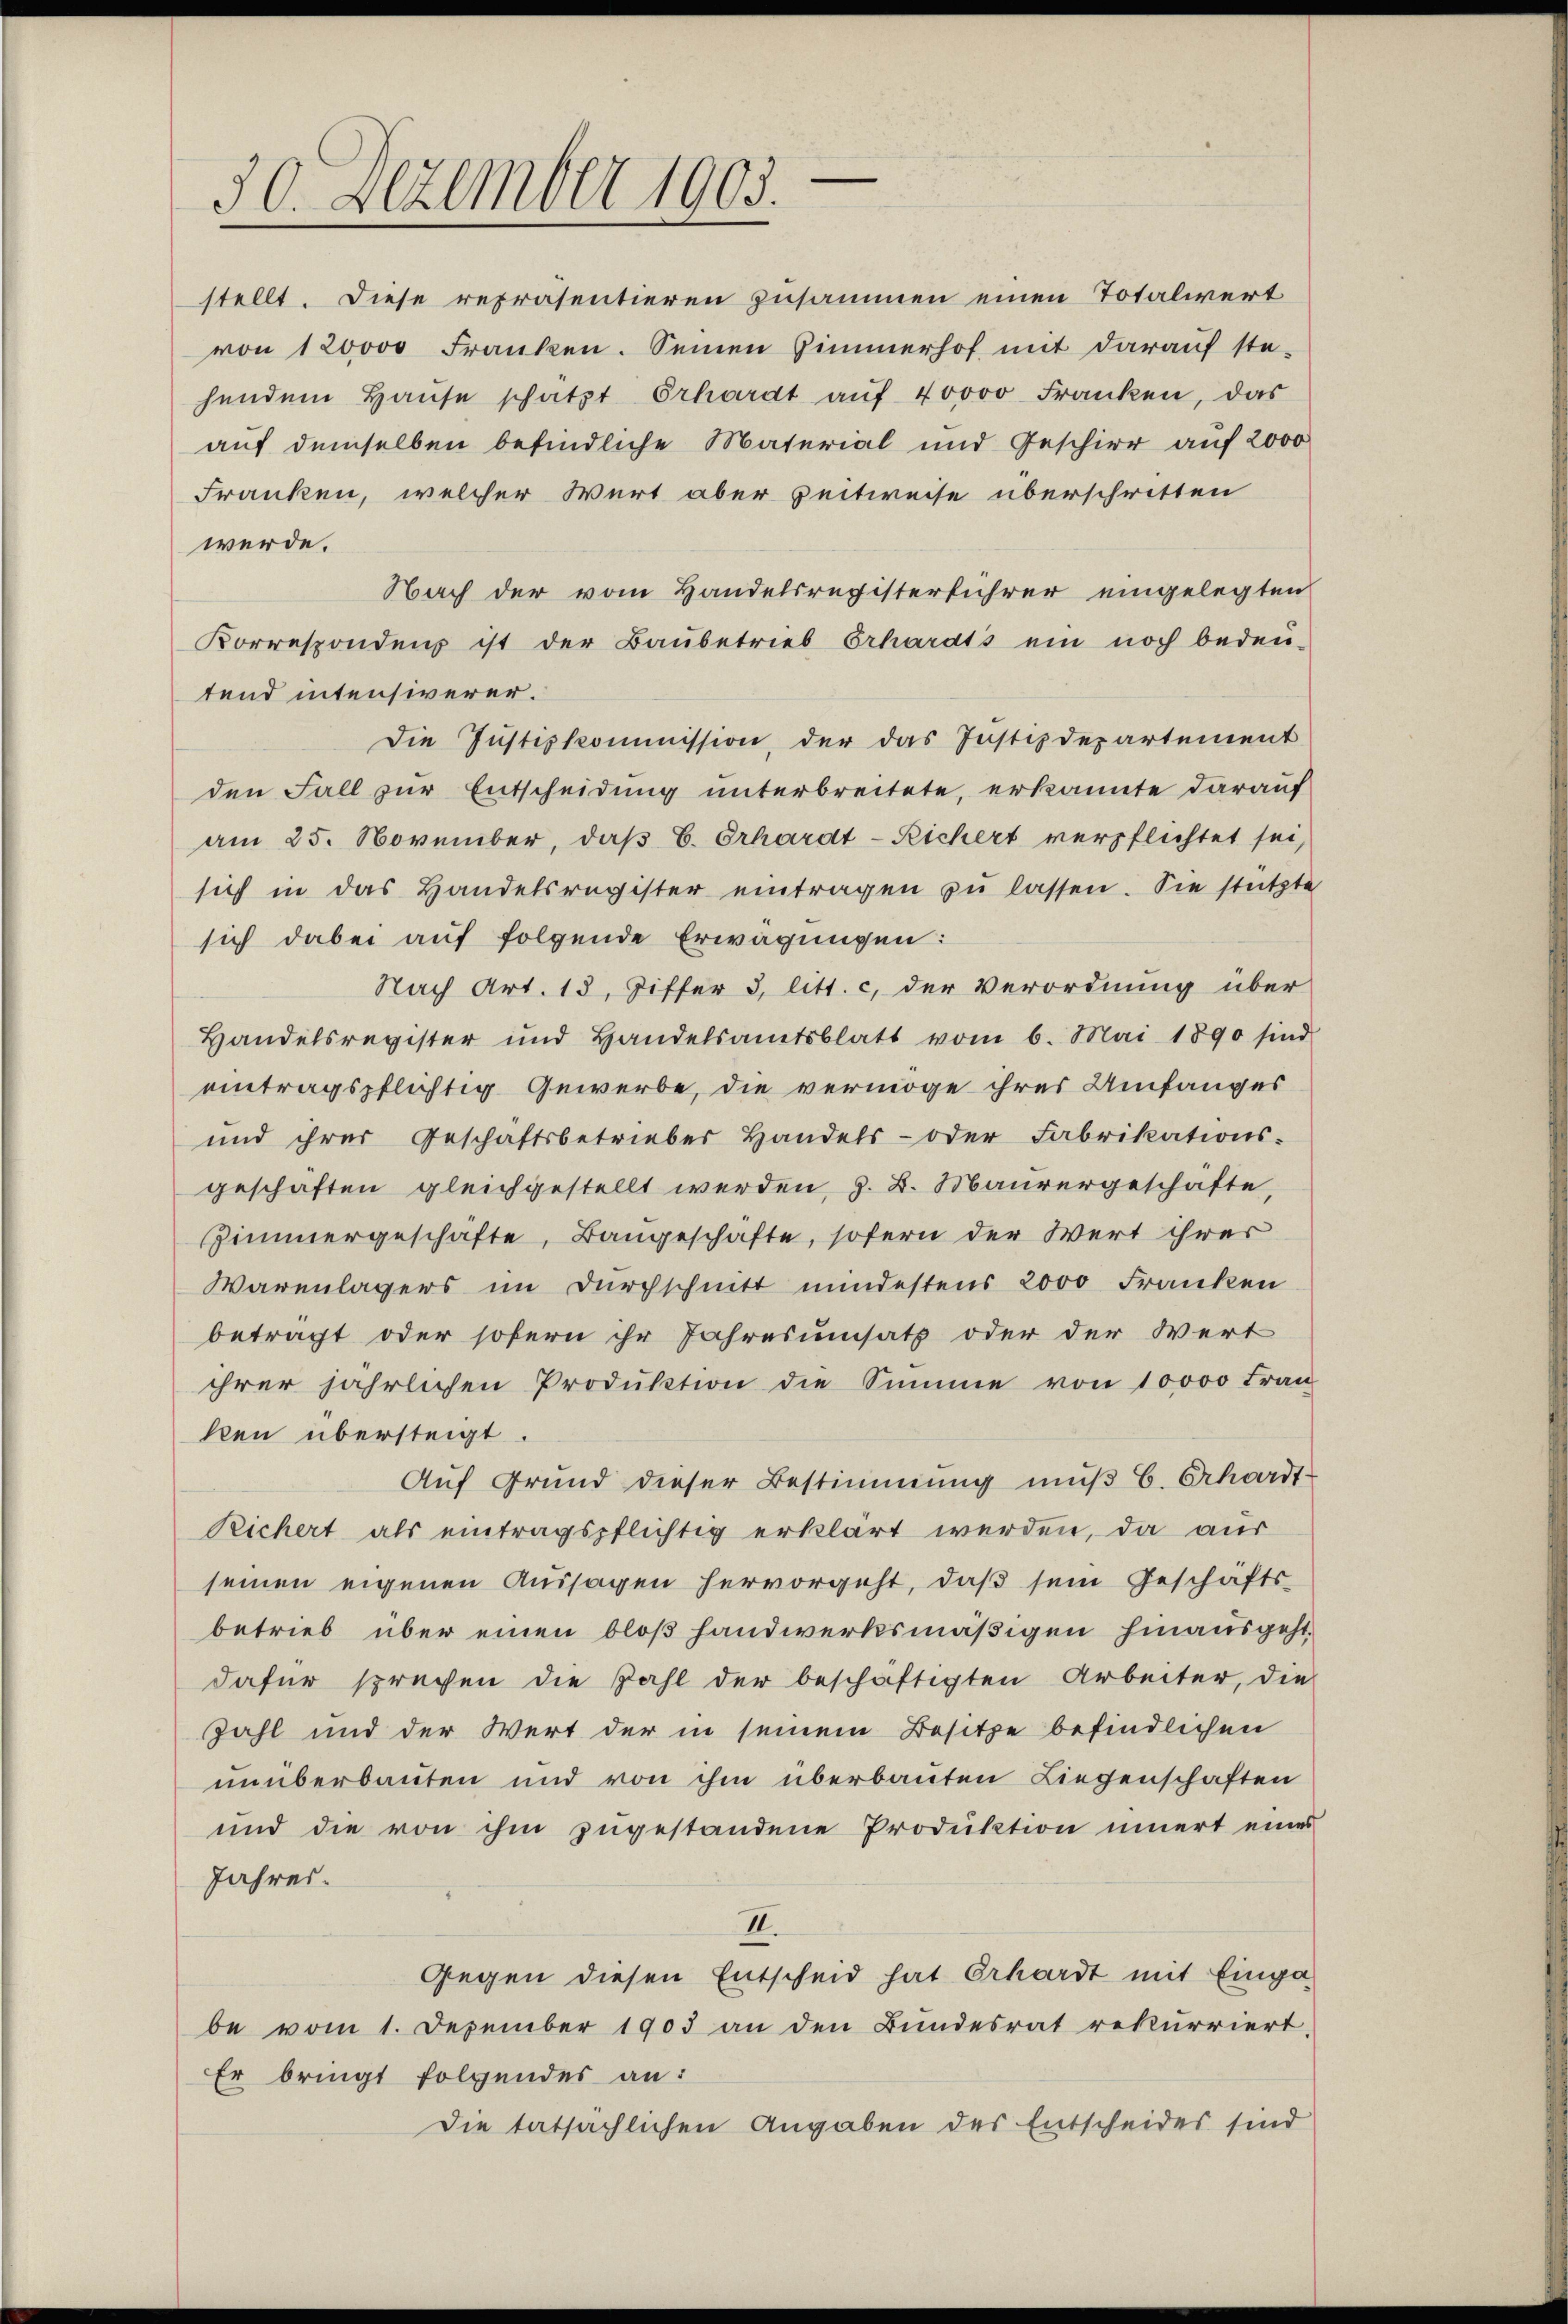
30. Dezember 1903.

stellt. Diese repräsentieren zusammen einen Totaliert
von 120000 Franken. Seinen Zimmerhof mit darauf ste-
hendem Haŭse schätzt Erhardt aŭf 40000 Franken, das
auf demselben befindliche Material und Geschier auf 2000
Franken, welcher Wert aber Zeitweise überschritten
werde.
Nach der vom Handelsregisterführer eingelegten
Korresponden ist der Baŭbetrieb Erhardts ein noch bedeu-
tend intensiverer.
Die Justizkommission, der das Justizdepartement
den Fall zur Entscheidung unterbreitete, erkannte darauf
am 25. November, daβ E. Erhardt-Richert verpflichtet sei,
sich in das Handelsregister eintragen zŭ lassen. Sie stützte
sich dabei auf folgende Erwägungen:
Nach Art. 13, Ziffer 3, litt. c, der Verordnung über
Handelsregister und Handelsamtsblatt vom 6. Mai 1890 sind
eintragspflichtig Gewerbe, die vermöge ihres Umfanges
und ihrer Geschäftsbetriebes Handels- oder Fabrikations-
geschäften gleichgestellt werden, z. B. Maurergeschäfte,
Zimmergeschäfte, Bangeschäfte, sofern der Wert ihrer
Warenlagers im Durchschnitt mindestens 2000 Franken
betragt oder sofern ihr Jahresumsatz oder der Wert
ihrer jährlichen Produktion die Summe von 10000 Fran
ken übersteigt.
Auf Grund dieser Bestimmung muß 6. Erhardt-
Richert als eintragspflichtig erklärt werden, da aus
seinen eigenen Aussagen hervorgeht, daß sein Geschäfts-
betrieb über einen bloß Handwerksmäßigen hinausgeht.
dafür sprechen die Zahl der beschäftigten Arbeiter, die
Zahl und der Wert der in seinem Besitze befindlichen
unüberbauten und von ihm überbauten Liegenschaften
und die von ihm zugestandene Produktion innert eines
Jahres.
II.
Gegen diesen Entscheid hat Erhardt mit Einga
be vom 1. Dezember 1903 an den Bundesrat rekurriert.
Er bringt folgendes an:
Die tatsächlichen Angaben des Entscheides sind